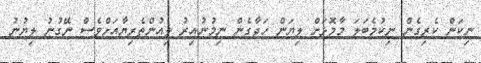
ނިކަން ކެރިގެން ނިކުމެބަލަ މާމޮޅަށް ލިޔަން ހަދާގެން ނިމުނުއިރު ލިއުންތެރިޔާއަށްވެސް ނޭގުނު ލިޔުނު